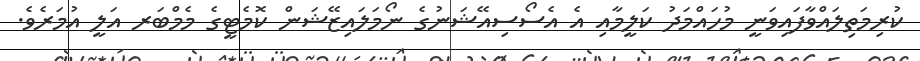
ކުރިމަތިލައްވާފައިވަނީ މުހައްމަދު ކަލީމާއި އެ އެސޯސިއޭޝަނުގެ ނޯމަލައިޒޭޝަން ކޮމެޓީގެ މެމްބަރ އަލީ އުމަރެވެ.